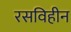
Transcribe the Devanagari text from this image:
रसविहीन